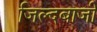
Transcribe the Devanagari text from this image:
जिल्दबाजी